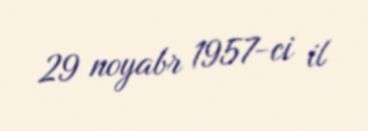
29 noyabr 1957-ci il